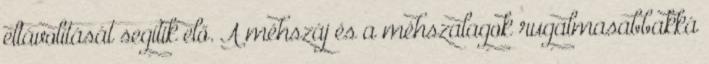
eltávolítását segítik elő. A méhszáj és a méhszalagok rugalmasabbakká